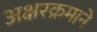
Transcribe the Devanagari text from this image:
अक्षरक्रमाने